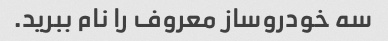
سه خودروساز معروف را نام ببرید.